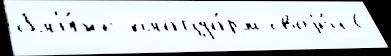
бл'и́же плацда́рм своjе́й С